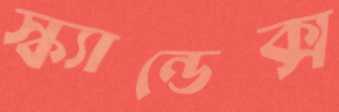
স্ক্যান্ডেক্স